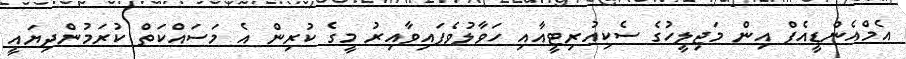
އެމްއެންޑީއެފް އިން މަޖިލީހުގެ ސެކިއުރިޓީއާއި ހަވާލުވެފައިވާއިރު މީގެ ކުރިން އެ މަސައްކަތް ކުރަމުންދިޔައީ